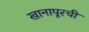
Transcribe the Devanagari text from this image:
खानापूरची